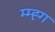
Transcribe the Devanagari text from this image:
म्म्ह्ग